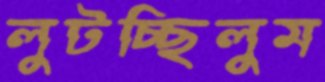
লুটচ্ছিলুম